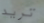
تريد